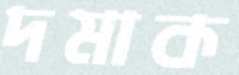
দমাক